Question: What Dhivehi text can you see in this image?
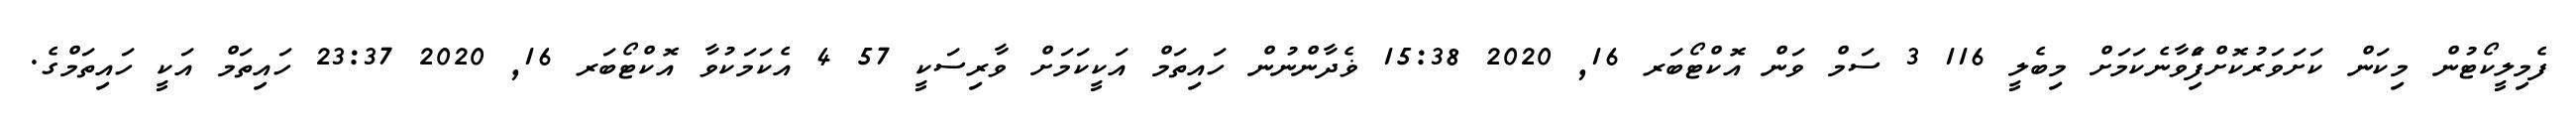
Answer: ފެމިލީކޯޓުން މިކަން ކަށަވަރުކޮށްފަެިވާނެކަމަށް މިބެލީ 116 3 ސަމް ވަން އޮކްޓޯބަރ 16, 2020 15:38 ޥެދާންނުން ހައިތަމް އަކީކަމަށް ވާރިސަކީ 57 4 އެކަމަކުވާ އޮކްޓޯބަރ 16, 2020 23:37 ހައިތަމް އަކީ ހައިތަމްގެ.